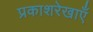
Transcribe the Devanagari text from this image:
प्रकाशरेखाएँ